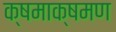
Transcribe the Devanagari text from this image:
क्षमाक्षमण